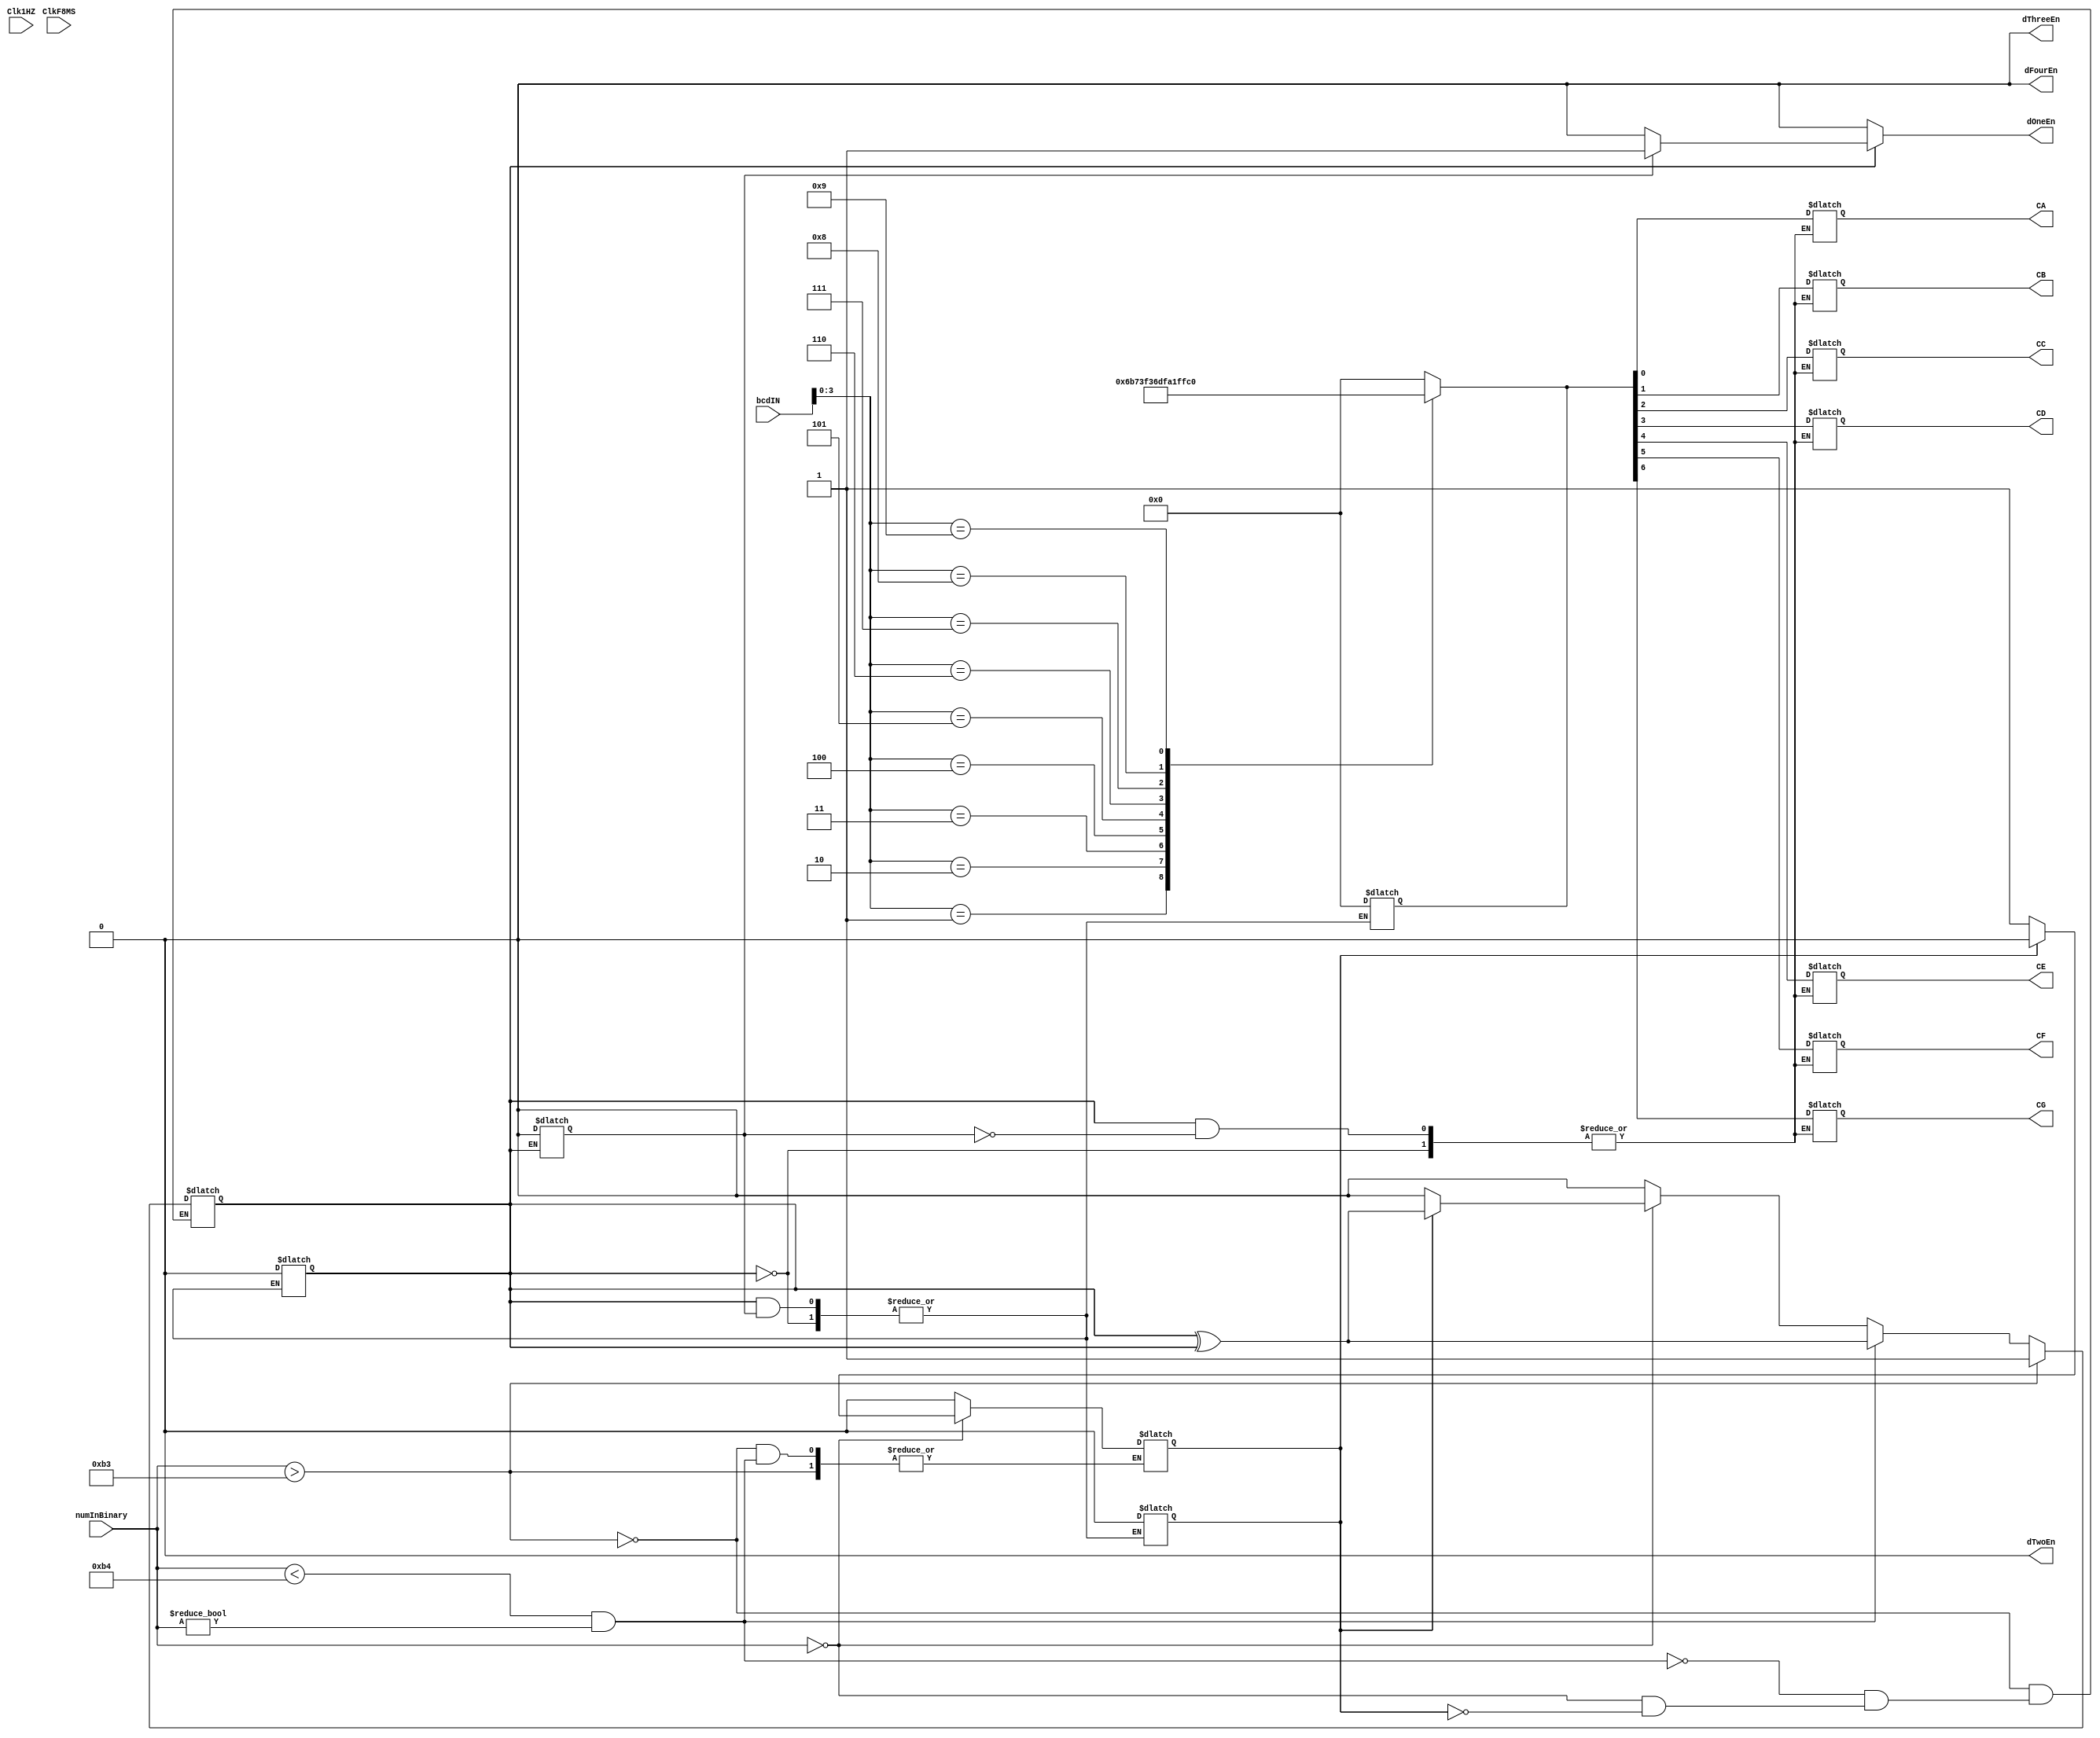
module bcdToSevenSeg(bcdIN,numInBinary,Clk1HZ,ClkF8MS,dFourEn,dThreeEn,dTwoEn,dOneEn,CA,CB,CC,CD,CE,CF,CG);
input [15:0] bcdIN;
input [13:0] numInBinary;
input Clk1HZ;
input ClkF8MS;
output dFourEn;
output dThreeEn;
output dTwoEn;
output dOneEn;
output CA;
output CB;
output CC;
output CD;
output CE;
output CF;
output CG;

reg [6:0] nums [0:9];
reg [6:0] d1;
reg [6:0] d2;
reg [6:0] d3;
reg [6:0] d4; 

reg digitUpdateCounter;
reg allOnOrOff;
reg oneSecCounter;

reg dFourEn;
reg dThreeEn;
reg dTwoEn;
reg dOneEn;

reg CA;
reg CB;
reg CC;
reg CD;
reg CE;
reg CF;
reg CG;



always@(bcdIN)
begin
case (bcdIN[15:12])
  0: d4<=nums[0];
  1: d4<=nums[1];
  2: d4<=nums[2];
  3: d4<=nums[3];
  4: d4<=nums[4];
  5: d4<=nums[5];
  6: d4<=nums[6];
  7: d4<=nums[7];
  8: d4<=nums[8];
  9: d4<=nums[9];
  default:d4<=0;
endcase

case (bcdIN[11:8])     
  0: d3<=nums[0];
  1: d3<=nums[1];
  2: d3<=nums[2];
  3: d3<=nums[3];
  4: d3<=nums[4];
  5: d3<=nums[5];
  6: d3<=nums[6];
  7: d3<=nums[7];
  8: d3<=nums[8];
  9: d3<=nums[9];
  default:d3<=0;
endcase

case (bcdIN[7:4]) 
  0: d2<=nums[0];
  1: d2<=nums[1];
  2: d2<=nums[2];
  3: d2<=nums[3];
  4: d2<=nums[4];
  5: d2<=nums[5];
  6: d2<=nums[6];
  7: d2<=nums[7];
  8: d2<=nums[8];
  9: d2<=nums[9];
  default:d2<=0;
endcase   

case (bcdIN[3:0])
  0: d1<=nums[0];
  1: d1<=nums[1];
  2: d1<=nums[2];
  3: d1<=nums[3];
  4: d1<=nums[4];
  5: d1<=nums[5];
  6: d1<=nums[6];
  7: d1<=nums[7];
  8: d1<=nums[8];
  9: d1<=nums[9];
  default:d1<=0;
endcase   
end

always@(ClkF8MS,allOnOrOff,digitUpdateCounter,d4,d3,d2,d1)
begin
nums[0]<=7'b0000000;
nums[1]<=7'b0000110;  
nums[2]<=7'b1011011;   
nums[3]<=7'b1001111;   
nums[4]<=7'b1100110;   
nums[5]<=7'b1101101;   
nums[6]<=7'b1111101;
nums[7]<=7'b0000111;
nums[8]<=7'b1111111;
nums[9]<=7'b1011111;
if(allOnOrOff==0)
  begin
    dFourEn<=0;
    dThreeEn<=0;
    dTwoEn<=0;
    dOneEn<=0;
  end
else if(digitUpdateCounter==4)
begin
CA<=d4[0];
CB<=d4[1];
CC<=d4[2];
CD<=d4[3];
CE<=d4[4];
CF<=d4[5];
CG<=d4[6];
dFourEn<=1;
dThreeEn<=0;
dTwoEn<=0;
dOneEn<=0;
digitUpdateCounter<=3;
end 
else if(digitUpdateCounter==3)
begin
CA<=d3[0];
CB<=d3[1];
CC<=d3[2];
CD<=d3[3];
CE<=d3[4];
CF<=d3[5];
CG<=d3[6];
dFourEn<=0;
dThreeEn<=1;
dTwoEn<=0;
dOneEn<=0;
digitUpdateCounter<=2;  
end 
else if(digitUpdateCounter==2)
begin
CA<=d2[0];
CB<=d2[1];
CC<=d2[2];
CD<=d2[3];
CE<=d2[4];
CF<=d2[5];
CG<=d2[6];
dFourEn<=0;
dThreeEn<=0;
dTwoEn<=1;
dOneEn<=0;
digitUpdateCounter<=1;  
end 
else if(digitUpdateCounter==1)
begin
CA<=d1[0];
CB<=d1[1];
CC<=d1[2];
CD<=d1[3];
CE<=d1[4];
CF<=d1[5];
CG<=d1[6];
dFourEn<=0;
dThreeEn<=0;
dTwoEn<=0;
dOneEn<=1;
digitUpdateCounter<=4;  
end 
else
begin
	dFourEn<=0;
	dThreeEn<=0;
	dTwoEn<=0;
	dOneEn<=0;
	d1<=0;
	d2<=0;
	d3<=0;
	d4<=0;
	digitUpdateCounter<=4;
	allOnOrOff<=0;
	oneSecCounter<=0;
end
end


always@(Clk1HZ,numInBinary,oneSecCounter)    //// on for 1 sec off for 1 sec under 180    when time is 0 on for .5 secs and off for .5 secs  not flashing for over 180
begin
if(numInBinary>179)
  begin
   allOnOrOff<=1; 
  end
else if(numInBinary<180&&numInBinary!=0)
  begin
    allOnOrOff<=allOnOrOff^allOnOrOff;
  end
else if(numInBinary==0)
  begin
      if(oneSecCounter==0)
      begin
        oneSecCounter<=1;
      end
		else if(oneSecCounter==1)
      begin
        allOnOrOff<=allOnOrOff^allOnOrOff;
        oneSecCounter<=0;
      end
		else
		begin
			oneSecCounter<=0;
			allOnOrOff<=0;		
		end
  end
else
begin
oneSecCounter<=0;
allOnOrOff<=0;	
end  
  
end
endmodule